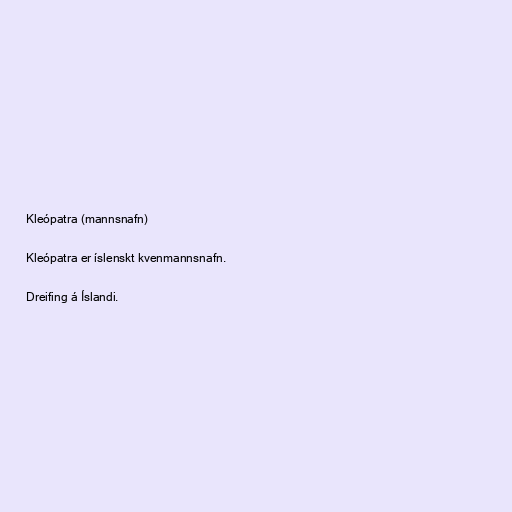
Kleópatra (mannsnafn)

Kleópatra er íslenskt kvenmannsnafn.

Dreifing á Íslandi.